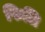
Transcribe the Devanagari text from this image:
फिलि